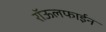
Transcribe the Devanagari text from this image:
रॉऊलफाईन